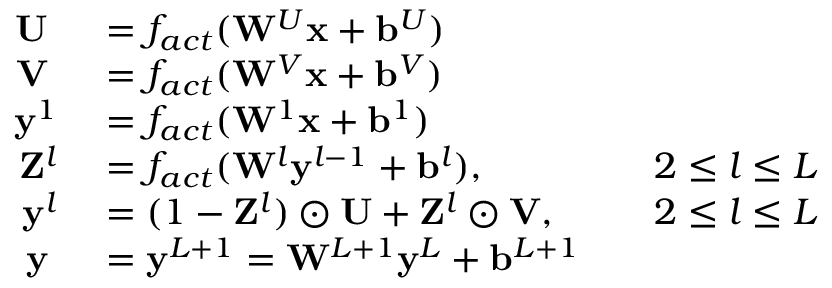
\begin{array} { r l r l } { \mathbf { U } \; } & { { } = f _ { a c t } ( \mathbf { W } ^ { U } \mathbf { x } + \mathbf { b } ^ { U } ) } & { } & { { } } \\ { \mathbf { V } \; } & { { } = f _ { a c t } ( \mathbf { W } ^ { V } \mathbf { x } + \mathbf { b } ^ { V } ) } & { } & { { } } \\ { \mathbf { y } ^ { 1 } } & { { } = f _ { a c t } ( \mathbf { W } ^ { 1 } \mathbf { x } + \mathbf { b } ^ { 1 } ) } & { } & { { } } \\ { \mathbf { Z } ^ { l } } & { { } = f _ { a c t } ( \mathbf { W } ^ { l } \mathbf { y } ^ { l - 1 } + \mathbf { b } ^ { l } ) , } & { } & { { } 2 \le l \le L } \\ { \mathbf { y } ^ { l } } & { { } = ( 1 - \mathbf { Z } ^ { l } ) \odot \mathbf { U } + \mathbf { Z } ^ { l } \odot \mathbf { V } , } & { } & { { } 2 \le l \le L } \\ { \mathbf { y } \; } & { { } = \mathbf { y } ^ { L + 1 } = \mathbf { W } ^ { L + 1 } \mathbf { y } ^ { L } + \mathbf { b } ^ { L + 1 } } & { } & { { } } \end{array}